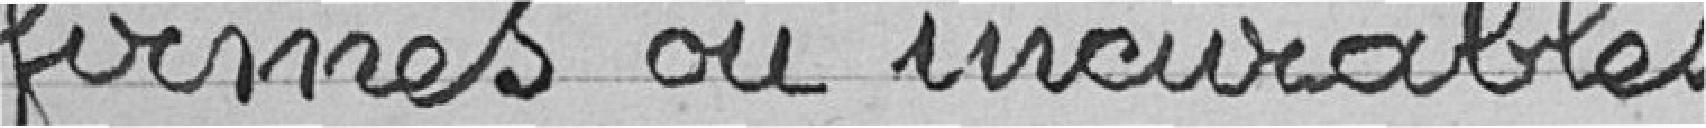
firmes ou invalides